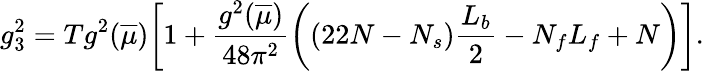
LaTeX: g_{3}^{2}=Tg^{2}(\overline{{{\mu}}})\biggl[1+{\frac{g^{2}(\overline{{{\mu}}})}{48\pi^{2}}}\biggl((22N-N_{s}){\frac{L_{b}}{2}}-N_{f}L_{f}+N\biggr)\biggr].